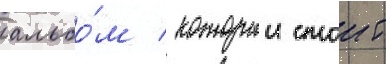
альбо́м / которыи стоит